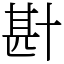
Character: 卙